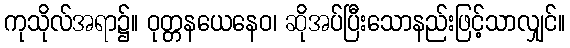
ကုသိုလ်အရာ၌။ ဝုတ္တနယေနေဝ၊ ဆိုအပ်ပြီးသောနည်းဖြင့်သာလျှင်။